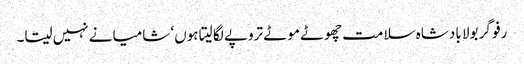
رفو گر بولا بادشاہ سلامت چھوٹے موٹے تروپے لگا لیتا ہوں‘ شامیانے نہیں سیتا۔